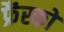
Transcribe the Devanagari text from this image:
फ्रैंस्को